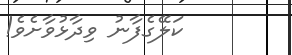
ކަލޭގެފާނު ވިދާޅުވާށެވެ!